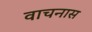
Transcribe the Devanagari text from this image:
वाचनास